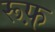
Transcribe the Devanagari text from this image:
रूफ़